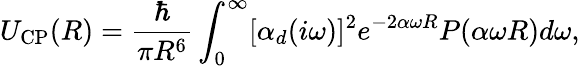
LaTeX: U_{\mathrm{CP}}(R)=\frac{\hbar}{\pi R^{6}}\int_{0}^{\infty}[\alpha_{d}(i\omega)]^{2}e^{-2\alpha\omega R}P(\alpha\omega R)d\omega,